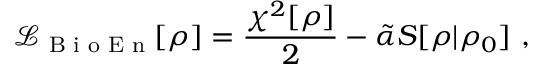
\mathcal { L } _ { \textrm { B i o E n } } [ \rho ] = \frac { \chi ^ { 2 } [ \rho ] } { 2 } - \tilde { \alpha } S [ \rho | \rho _ { 0 } ] ~ ,